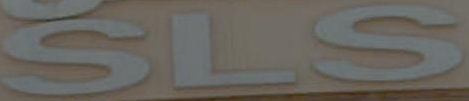
SLS